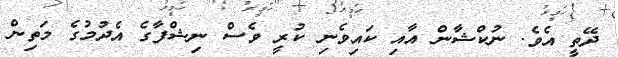
ދޭތީ އެވެ. ނުކްޝާން އާއި ކައިވެނި ކުރީ ވެސް ނިޝްފާގެ އެދުމުގެ މަތިން